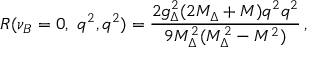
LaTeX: R ( \nu _ { B } = 0 , \ q ^ { 2 } , q ^ { 2 } ) = { \frac { 2 g _ { \Delta } ^ { 2 } ( 2 M _ { \Delta } + M ) q ^ { 2 } q ^ { 2 } } { 9 M _ { \Delta } ^ { 2 } ( M _ { \Delta } ^ { 2 } - M ^ { 2 } ) } } \, ,